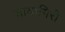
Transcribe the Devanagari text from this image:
यादागिरी